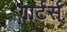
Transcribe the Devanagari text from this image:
गार्टर्स्